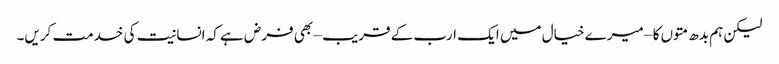
لیکن ہم بدھ متوں کا – میرے خیال میں ایک ارب کے قریب – بھی فرض ہے کہ انسانیت کی خدمت کریں۔